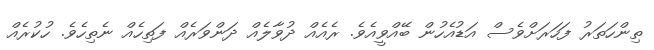
ތިންހަތަރު ފަހަރަށްވެސް އަޑުއެހުން ބޭއްވީއެވެ. ރެއެއް ދުވާލެއް ދަންވަރެއް ފަތިހެއް ނެތިހެވެ. ހުކުރެއް